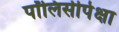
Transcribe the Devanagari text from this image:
पॉलिसीपेक्षा